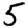
Digit: 5